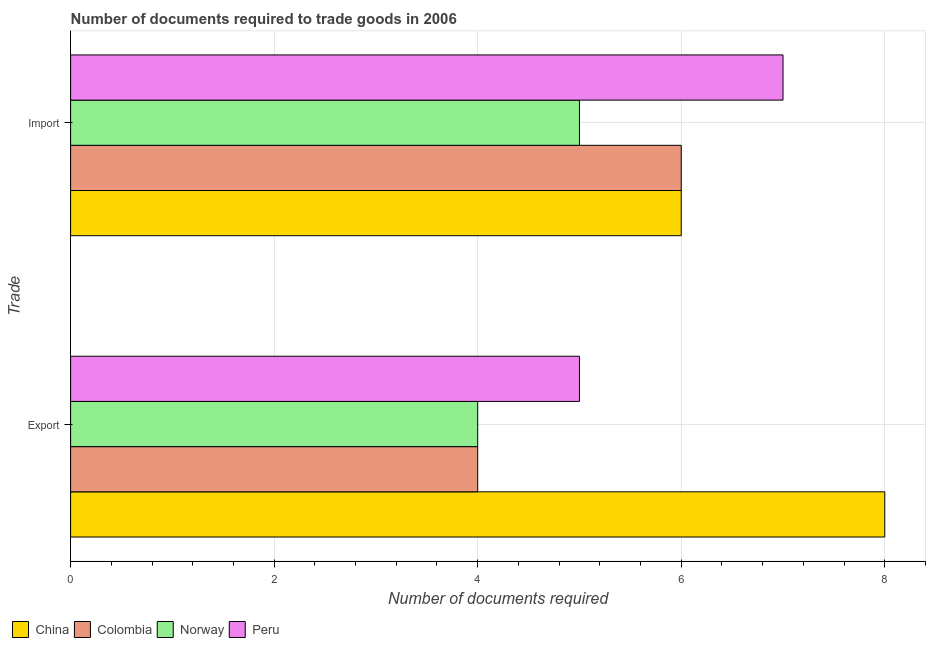
| Trade | China | Colombia | Norway | Peru |
 | --- | --- | --- | --- | --- |
 | Export | 8 | 4 | 4 | 5 |
 | Import | 6 | 6 | 5 | 7 |